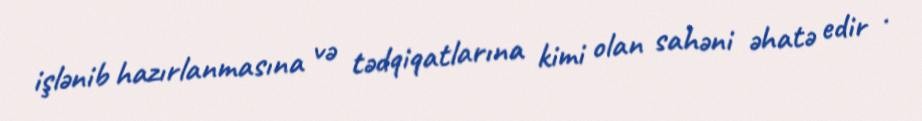
işlənib hazırlanmasına və tədqiqatlarına kimi olan sahəni əhatə edir .